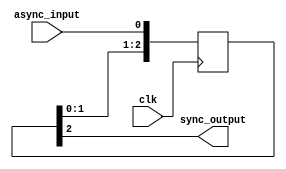
module cascade_synchronizer (
  input wire async_input,
  input wire clk,
  output reg sync_output
);

reg [2:0] sync_reg;

always @(posedge clk) begin
  sync_reg <= {sync_reg[1:0], async_input};
end

assign sync_output = sync_reg[2];

endmodule